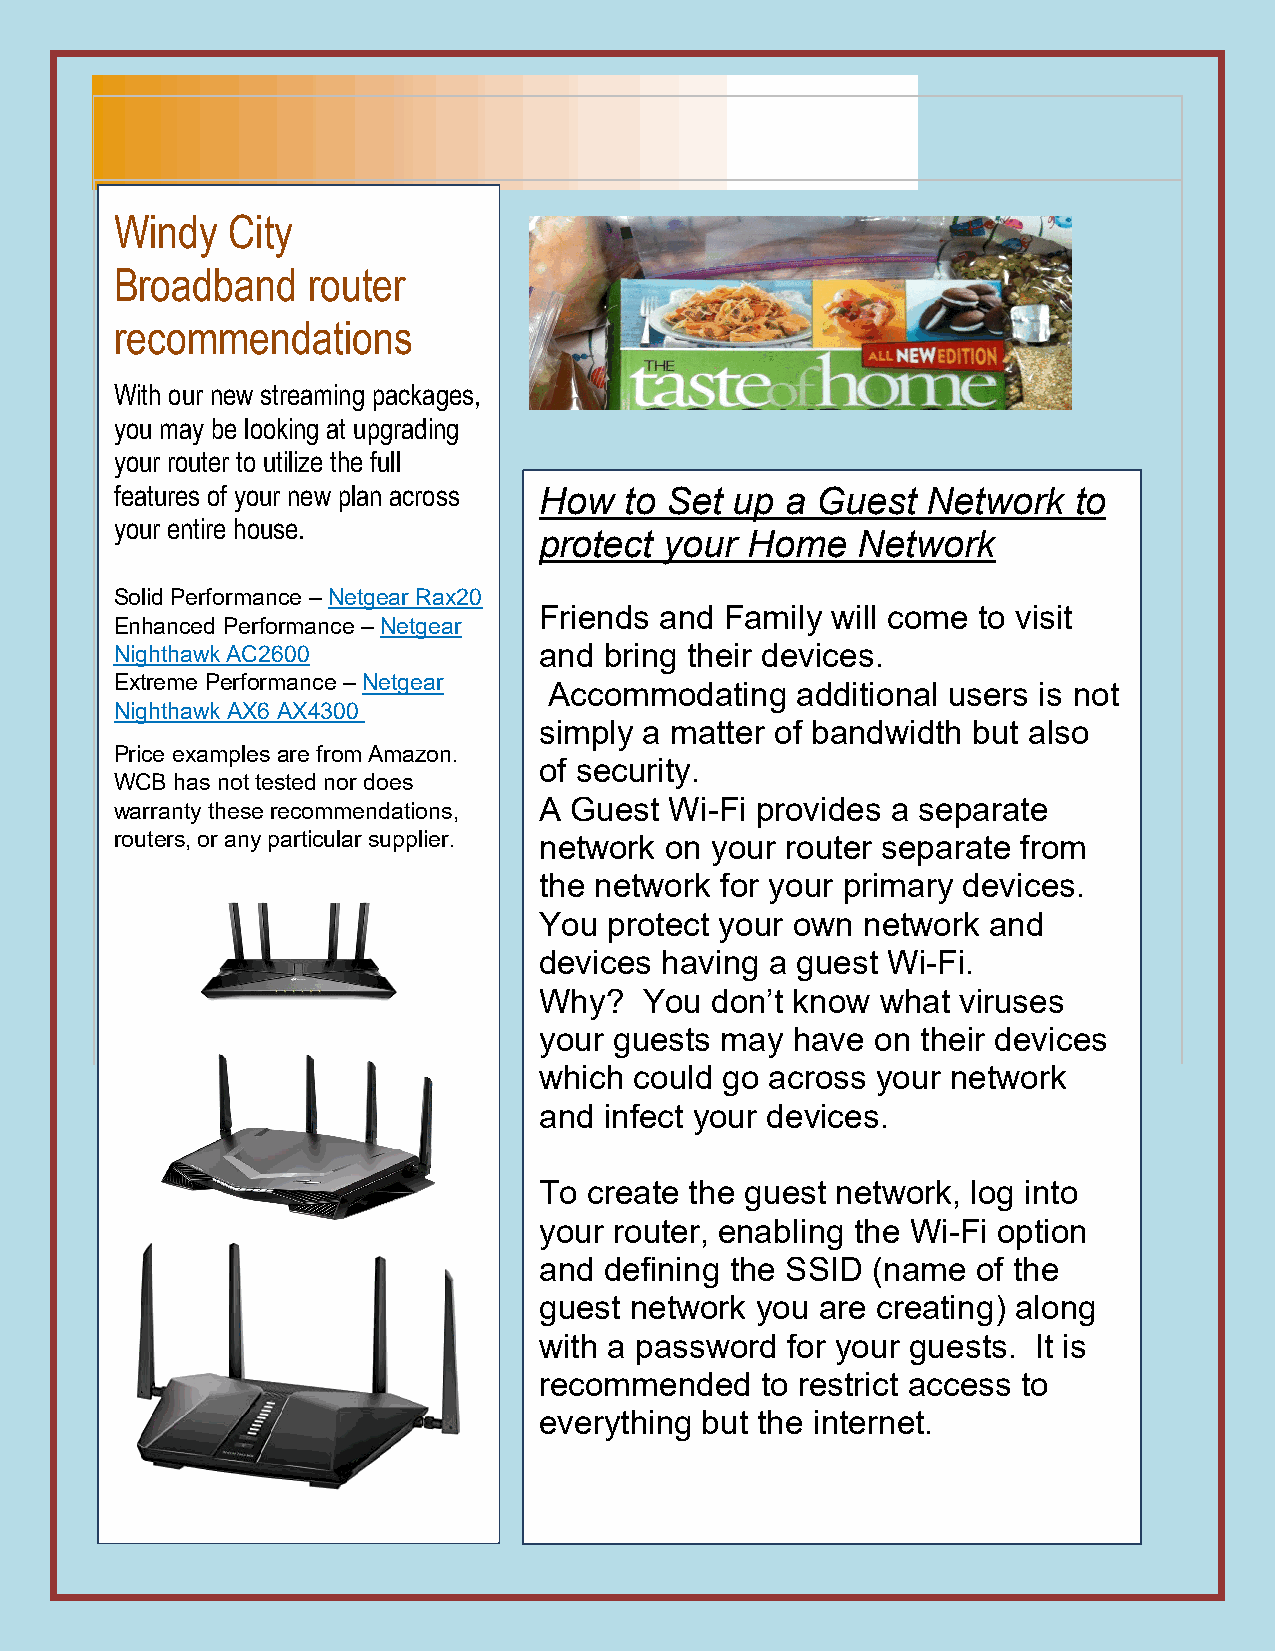
Windy  City
 Broadband   router
 recommendations
 With our new streaming packages,
 you may be looking at upgrading
 your router to utilize the full
 features of your n ew plan across How to Set up a Guest Network to
 your entire hou se.
 protect your Home    Network
 Solid Performance – Netgear Rax20
 Friends and Family will come to visit
 Enhanced Performance – Netgear
 Nighthawk AC2 600           and bring their devices.
 Extreme Perfor mance – Netgear AccommodaINtTinERgN aETd SdTiRtiEoAnMaINl Gus ers is not
 Nighthawk AX6 AX4300                       AVAILABLE!
 simply a matter of bandwidth but also
 DROP THE SET TOP BOX
 Price examples are from Amazon.
 WCB has not te sted nor does
 of security.
 AND START TODAY!
 warranty these recommendations, A Guest W Wi-IFNiD pYr CoIvTYid BeRsO aA DsBeApNaDr ate
 routers, or any particular supplier. network on you1r- 8r8o8u-3t2e8r- 4s2e2p2 arate from
 the network for your primary devices.
 You protect your own network and
 devices having a guest Wi-Fi.
 Why?   You don’t know what  viruses
 your guests may have  on their devices
 which could go across your network
 and infect your devices.
 To create the guest network, log into
 your router, enabling the Wi-Fi option
 and defining the SSID (name  of the
 guest network you are creating) along
 with a password for your guests. It is
 recommended   to restrict access to
 everything but the internet.